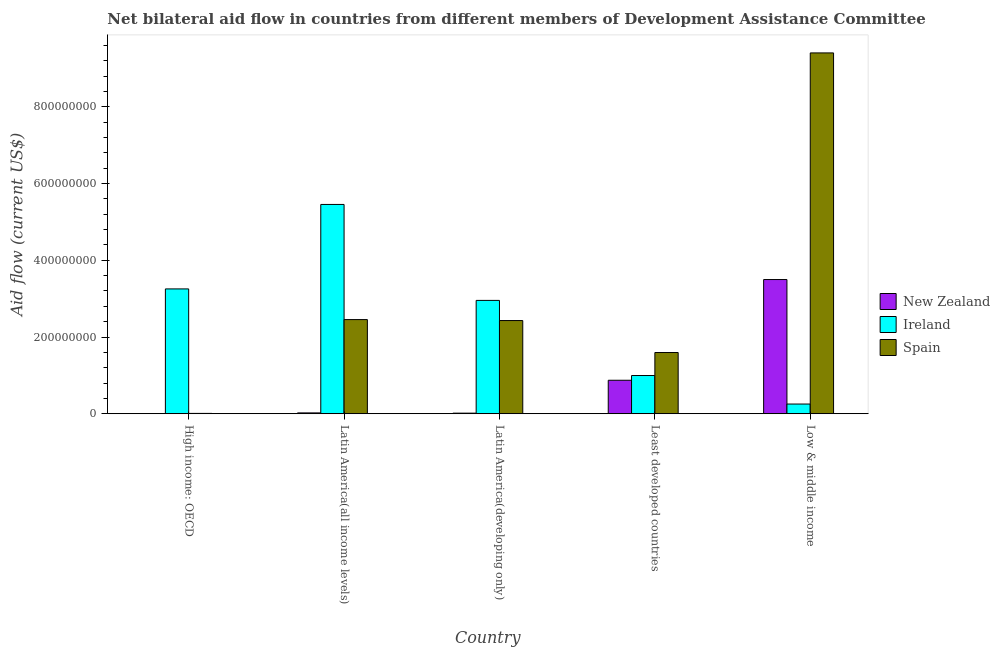
| Country | New Zealand | Ireland | Spain |
 | --- | --- | --- | --- |
 | High income: OECD | 4.3e+05 | 3.25e+08 | 8.7e+05 |
 | Latin America(all income levels) | 2.21e+06 | 5.46e+08 | 2.45e+08 |
 | Latin America(developing only) | 1.52e+06 | 2.95e+08 | 2.43e+08 |
 | Least developed countries | 8.73e+07 | 9.96e+07 | 1.6e+08 |
 | Low & middle income | 3.5e+08 | 2.53e+07 | 9.41e+08 |